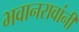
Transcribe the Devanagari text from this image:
भवानरावांनी